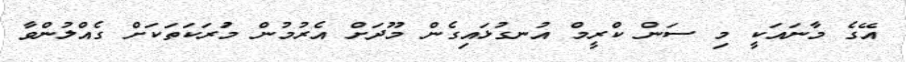
އޭގެ މާނައަކީ މި ސަން ކްރީމް އުނގުޅައިގެން މޫދަށް އެރުމުން މުަރަކަތަކަށް ގެއްލުންވާ